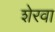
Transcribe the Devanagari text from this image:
शेरवा